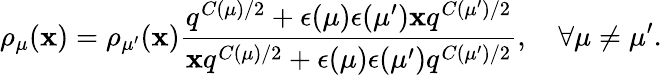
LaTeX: \rho_{\mu}(\mathbf{x})=\rho_{\mu^{\prime}}(\mathbf{x})\frac{{q^{C(\mu)/2}+\epsilon(\mu)\epsilon(\mu^{\prime})\mathbf{x}q^{C(\mu^{\prime})/2}}}{{\mathbf{x}q^{C(\mu)/2}+\epsilon(\mu)\epsilon(\mu^{\prime})q^{C(\mu^{\prime})/2}}},~~~~\forall\mu\neq\mu^{\prime}.